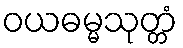
ဝယဓမ္မသုတ္တံ